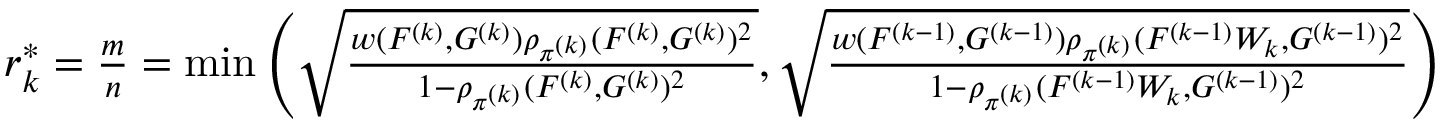
\begin{array} { r } { r _ { k } ^ { \ast } = \frac { m } { n } = \operatorname* { m i n } \left( \sqrt { \frac { w ( F ^ { ( k ) } , G ^ { ( k ) } ) \rho _ { \pi ^ { ( k ) } } ( F ^ { ( k ) } , G ^ { ( k ) } ) ^ { 2 } } { 1 - \rho _ { \pi ^ { ( k ) } } ( F ^ { ( k ) } , G ^ { ( k ) } ) ^ { 2 } } } , \sqrt { \frac { w ( F ^ { ( k - 1 ) } , G ^ { ( k - 1 ) } ) \rho _ { \pi ^ { ( k ) } } ( F ^ { ( k - 1 ) } W _ { k } , G ^ { ( k - 1 ) } ) ^ { 2 } } { 1 - \rho _ { \pi ^ { ( k ) } } ( F ^ { ( k - 1 ) } W _ { k } , G ^ { ( k - 1 ) } ) ^ { 2 } } } \right) } \end{array}